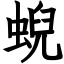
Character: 蜺